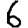
Digit: 6